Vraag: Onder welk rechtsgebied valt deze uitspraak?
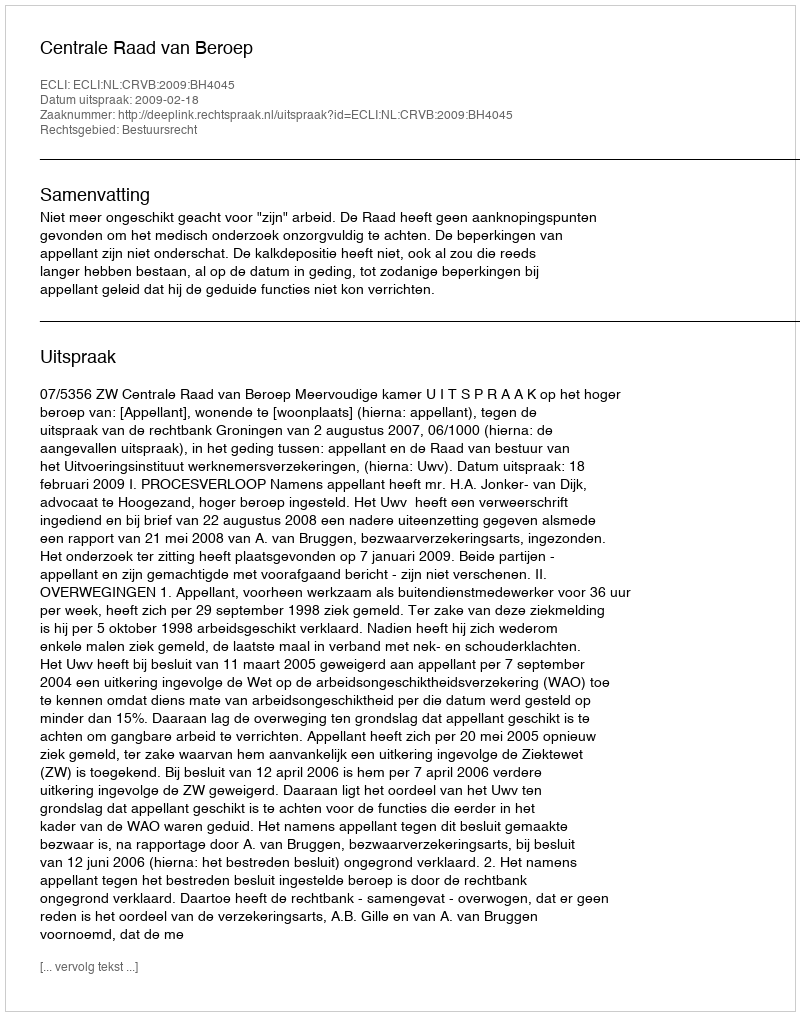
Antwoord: Bestuursrecht